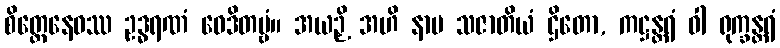
စိတ္တေနေဝဿ ဥဒ္ဓရဏံ ဝေဒိတဗ္ဗံ။ အယဉှိ အဟိ နာမ သဇာတိယံ ဌိတော, ကဋ္ဌန္တရံ ဝါ ရုက္ခန္တရံ